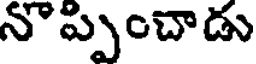
నొప్పించాడు